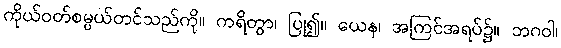
ကိုယ်ဝတ်စမ္ပယ်တင်သည်ကို။ ကရိတွာ၊ ပြု၍။ ယေန၊ အကြင်အရပ်၌။ ဘဂဝါ၊